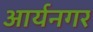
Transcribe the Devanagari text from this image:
आर्यनगर